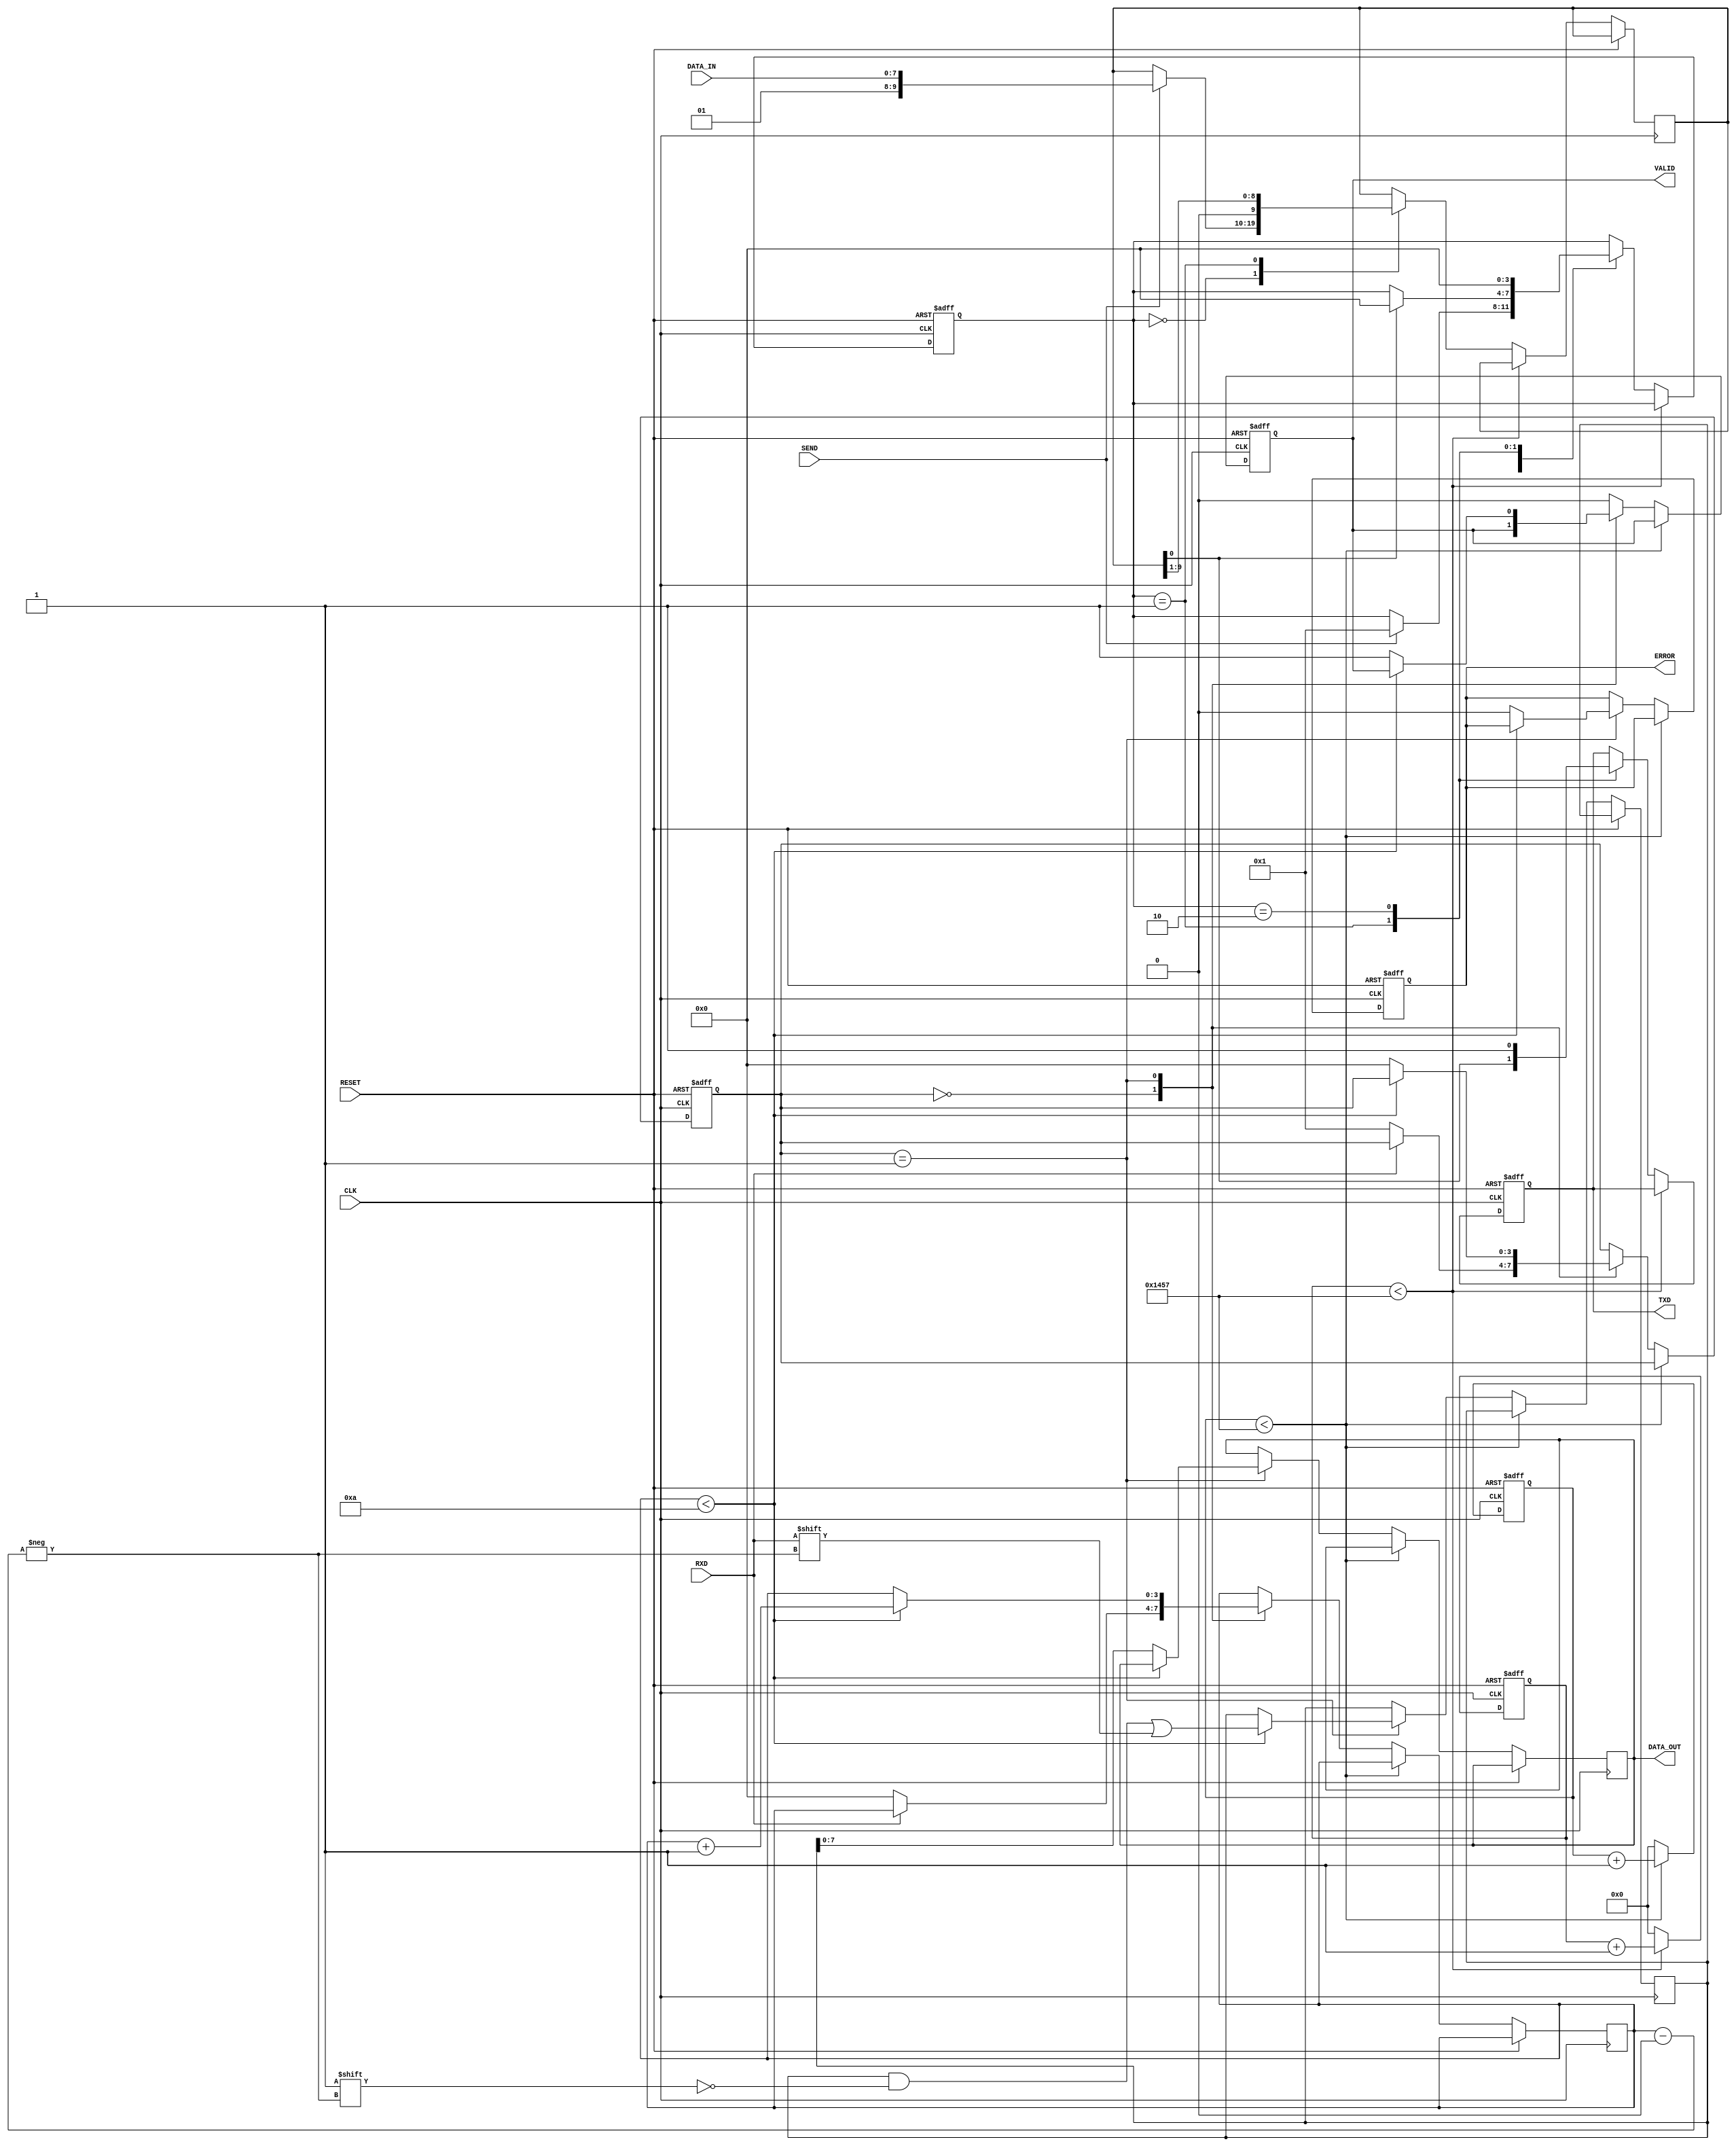
module parameterized_uart #(
    parameter BAUD_RATE = 9600,
    parameter DATA_BITS = 8,
    parameter STOP_BITS = 1,
    parameter PARITY = "NONE", // options: "NONE", "EVEN", "ODD"
    parameter CLOCK_FREQ = 50000000 // 50 MHz
)(
    input wire CLK,            // System clock
    input wire RESET,          // Asynchronous reset
    input wire RXD,           // Receive data line
    output reg TXD,           // Transmit data line
    input wire [DATA_BITS-1:0] DATA_IN, // Data to transmit
    input wire SEND,          // Signal to initiate sending data
    output reg [DATA_BITS-1:0] DATA_OUT, // Received data
    output reg VALID,         // Valid data flag
    output reg ERROR          // Error flag
);

localparam BAUD_DIV = CLOCK_FREQ / BAUD_RATE; // Baud rate divisor
localparam PARITY_BITS = (PARITY == "EVEN" || PARITY == "ODD") ? 1 : 0;
localparam FRAME_SIZE = DATA_BITS + PARITY_BITS + STOP_BITS + 1; // Start bit + data + parity + stop bits
localparam TOTAL_BITS = FRAME_SIZE;

// Transmitter
reg [TOTAL_BITS-1:0] tx_shift_reg;
reg [$clog2(BAUD_DIV)-1:0] tx_baud_counter;
reg tx_start_bit;
reg [3:0] tx_state;

// Baud rate generator for transmitter
always @(posedge CLK or posedge RESET) begin
    if (RESET) begin
        tx_baud_counter <= 0;
        TXD <= 1; // Idle state
        tx_state <= 0;
    end else begin
        if (tx_baud_counter < BAUD_DIV - 1) begin
            tx_baud_counter <= tx_baud_counter + 1;
        end else begin
            tx_baud_counter <= 0;
            case (tx_state)
                0: if (SEND) begin
                    // Load data into shift register
                    tx_shift_reg <= {1'b1, DATA_IN}; // Start bit + data
                    if (PARITY == "EVEN") begin
                        tx_shift_reg[DATA_BITS + 1] <= ~^DATA_IN; // Even parity
                    end else if (PARITY == "ODD") begin
                        tx_shift_reg[DATA_BITS + 1] <= ^DATA_IN; // Odd parity
                    end
                    tx_state <= 1; // Move to the next state
                end
                1: begin
                    TXD <= tx_shift_reg[0]; // Send the current bit
                    tx_shift_reg <= {1'b0, tx_shift_reg[TOTAL_BITS-1:1]}; // Shift
                    if (tx_shift_reg[0]) begin
                        tx_state <= (STOP_BITS == 1) ? 0 : 2; // Stop sending
                    end
                end
                2: begin
                    TXD <= 1; // Stop bit
                    tx_state <= 0; // Go back to idle
                end
            endcase
        end
    end
end

// Receiver
reg [TOTAL_BITS-1:0] rx_shift_reg;
reg [$clog2(BAUD_DIV)-1:0] rx_baud_counter;
reg rx_start;
reg [3:0] rx_state;
reg [3:0] bit_count;

// Baud rate sampling for receiver
always @(posedge CLK or posedge RESET) begin
    if (RESET) begin
        rx_baud_counter <= 0;
        rx_state <= 0;
        VALID <= 0;
        ERROR <= 0;
    end else begin
        if (rx_baud_counter < BAUD_DIV - 1) begin
            rx_baud_counter <= rx_baud_counter + 1;
        end else begin
            rx_baud_counter <= 0;
            case (rx_state)
                0: if (!RXD) begin // Start bit detected
                    rx_state <= 1;
                    bit_count <= 0;
                end
                1: if (bit_count < TOTAL_BITS) begin
                    rx_shift_reg[bit_count] <= RXD; // Sample the bit
                    bit_count <= bit_count + 1;
                end else begin
                    rx_state <= 0; // Move to idle state
                    // Check for parity error if applicable
                    if (PARITY == "EVEN" && (rx_shift_reg[DATA_BITS + 1] != ~^rx_shift_reg[DATA_BITS-1:0])) begin
                        ERROR <= 1;
                    end else if (PARITY == "ODD" && (rx_shift_reg[DATA_BITS + 1] != ^rx_shift_reg[DATA_BITS-1:0])) begin
                        ERROR <= 1;
                    end else begin
                        ERROR <= 0; // No error
                    end
                    // Load the received data
                    DATA_OUT <= rx_shift_reg[DATA_BITS-1:0];
                    VALID <= 1; // Indicate valid data received
                end
                default: begin
                    VALID <= 0; // Reset valid signal
                end
            endcase
        end
    end
end

endmodule